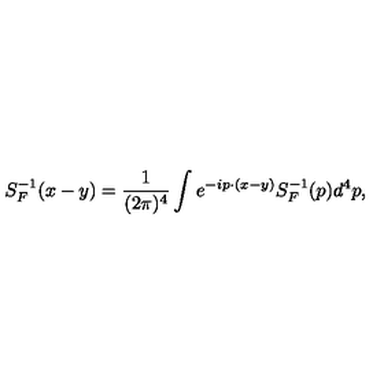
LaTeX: S _ { F } ^ { - 1 } ( x - y ) = { \frac { 1 } { ( 2 \pi ) ^ { 4 } } } \int e ^ { - i p \cdot ( x - y ) } S _ { F } ^ { - 1 } ( p ) d ^ { 4 } p ,